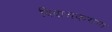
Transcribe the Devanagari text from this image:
विवाचकगण